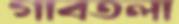
গাবতলা